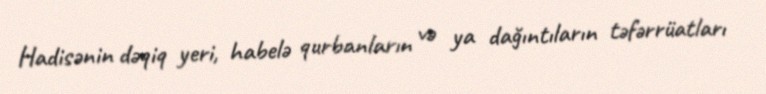
Hadisənin dəqiq yeri, habelə qurbanların və ya dağıntıların təfərrüatları